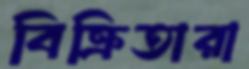
বিক্রিতারা